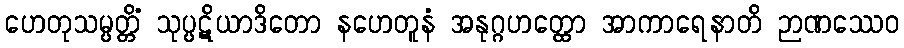
ဟေတုသမ္ပတ္တိံ သုပ္ပဋိယာဒိတော နဟေတူနံ အနုဂ္ဂဟတ္ထော အာကာရေနာတိ ဉာဏဿေဝ